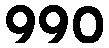
990